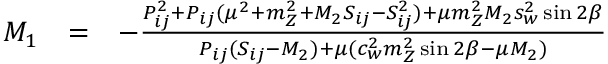
\begin{array} { l l l } { { M _ { 1 } } } & { { = } } & { { - \frac { P _ { i j } ^ { 2 } + P _ { i j } ( \mu ^ { 2 } + m _ { Z } ^ { 2 } + M _ { 2 } S _ { i j } - S _ { i j } ^ { 2 } ) + \mu m _ { Z } ^ { 2 } M _ { 2 } s _ { w } ^ { 2 } \sin 2 \beta } { P _ { i j } ( S _ { i j } - M _ { 2 } ) + \mu ( c _ { w } ^ { 2 } m _ { Z } ^ { 2 } \sin 2 \beta - \mu M _ { 2 } ) } } } \end{array}